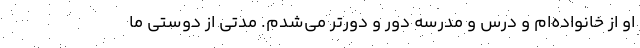
او از خانواده‌ام و درس و مدرسه دور و دورتر می‌شدم. مدتی از دوستی ما